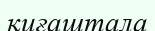
қиғаштала